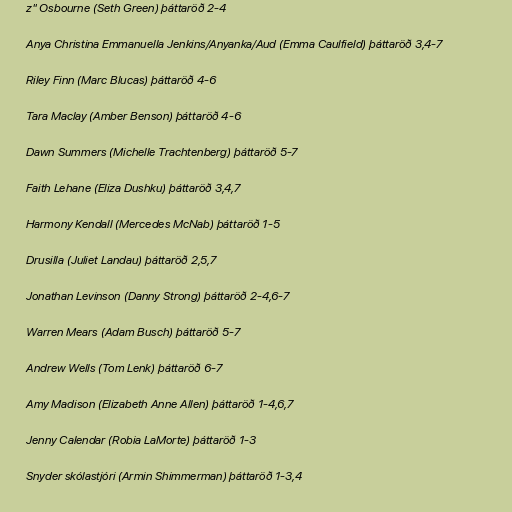
z" Osbourne (Seth Green) þáttaröð 2-4

Anya Christina Emmanuella Jenkins/Anyanka/Aud (Emma Caulfield) þáttaröð 3,4-7

Riley Finn (Marc Blucas) þáttaröð 4-6

Tara Maclay (Amber Benson) þáttaröð 4-6

Dawn Summers (Michelle Trachtenberg) þáttaröð 5-7

Faith Lehane (Eliza Dushku) þáttaröð 3,4,7

Harmony Kendall (Mercedes McNab) þáttaröð 1-5

Drusilla (Juliet Landau) þáttaröð 2,5,7

Jonathan Levinson (Danny Strong) þáttaröð 2-4,6-7

Warren Mears (Adam Busch) þáttaröð 5-7

Andrew Wells (Tom Lenk) þáttaröð 6-7

Amy Madison (Elizabeth Anne Allen) þáttaröð 1-4,6,7

Jenny Calendar (Robia LaMorte) þáttaröð 1-3

Snyder skólastjóri (Armin Shimmerman) þáttaröð 1-3,4